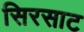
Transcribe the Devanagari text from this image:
सिरसाट